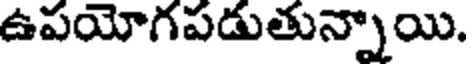
ఉపయోగపడుతున్నాయి.